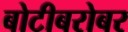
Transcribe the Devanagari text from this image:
बोटीबरोबर